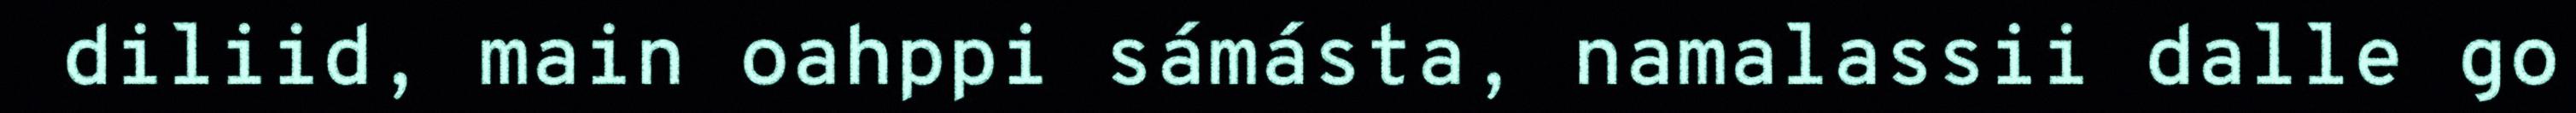
diliid, main oahppi sámásta, namalassii dalle go